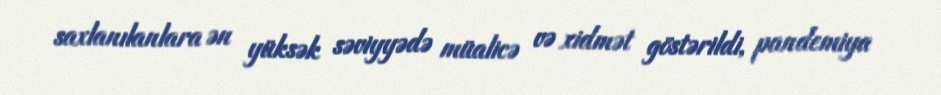
saxlanılanlara ən yüksək səviyyədə müalicə və xidmət göstərildi, pandemiya